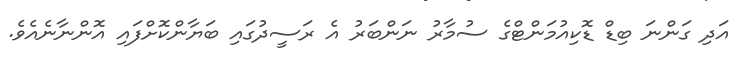
އަދި ގަންނަ ބިޑް ޑޮކިއުމަންޓްގެ ސުމާރު ނަންބަރު އެ ރަސީދުގައި ބަޔާންކޮށްފައި އޮންނާނެއެވެ.